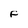
Character: F